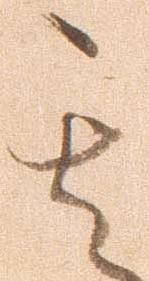
其